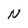
Character: N